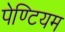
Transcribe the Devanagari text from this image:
पेण्टियम